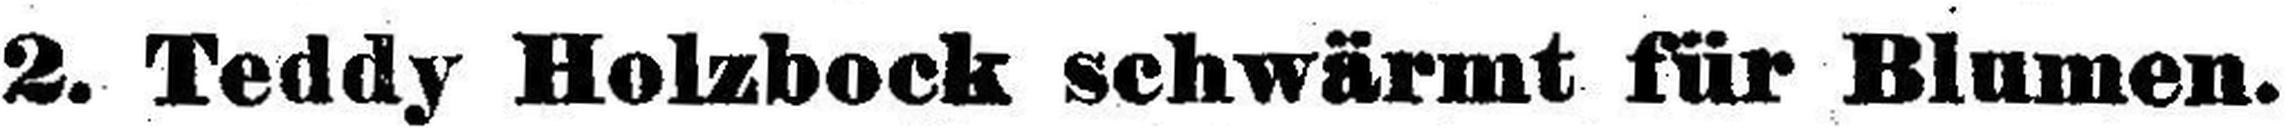
2. Teddy Holzbock schwärmt für Blumen.